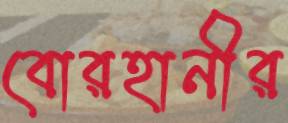
বোরহানীর